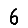
Digit: 6